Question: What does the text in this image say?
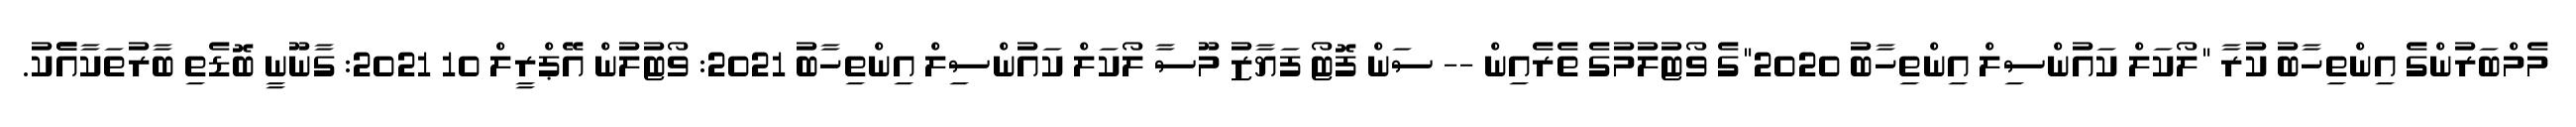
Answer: މެމްބަރުންގެ އިންތިހާބު ކުރާ "ލޯކަލް ކައުންސިލް އިންތިހާބު 2020"ގެ ވޯޓުލުމުގެ ތެރެއިން -- ސަން ފޮޓޯ ފަޔާޒު މޫސާ ލޯކަލް ކައުންސިލް އިންތިހާބު 2021: ވޯޓުލުން އޭޕްރީލް 10 2021: ގާނޫނީ ބޮޑެތި ބާރުތަކާއެެކު.